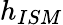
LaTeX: h_{ISM}